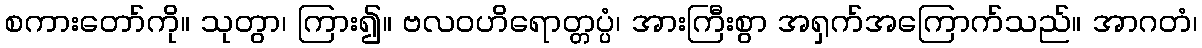
စကားတော်ကို။ သုတွာ၊ ကြား၍။ ဗလဝဟိရောတ္တပ္ပံ၊ အားကြီးစွာ အရှက်အကြောက်သည်။ အာဂတံ၊